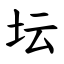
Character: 坛